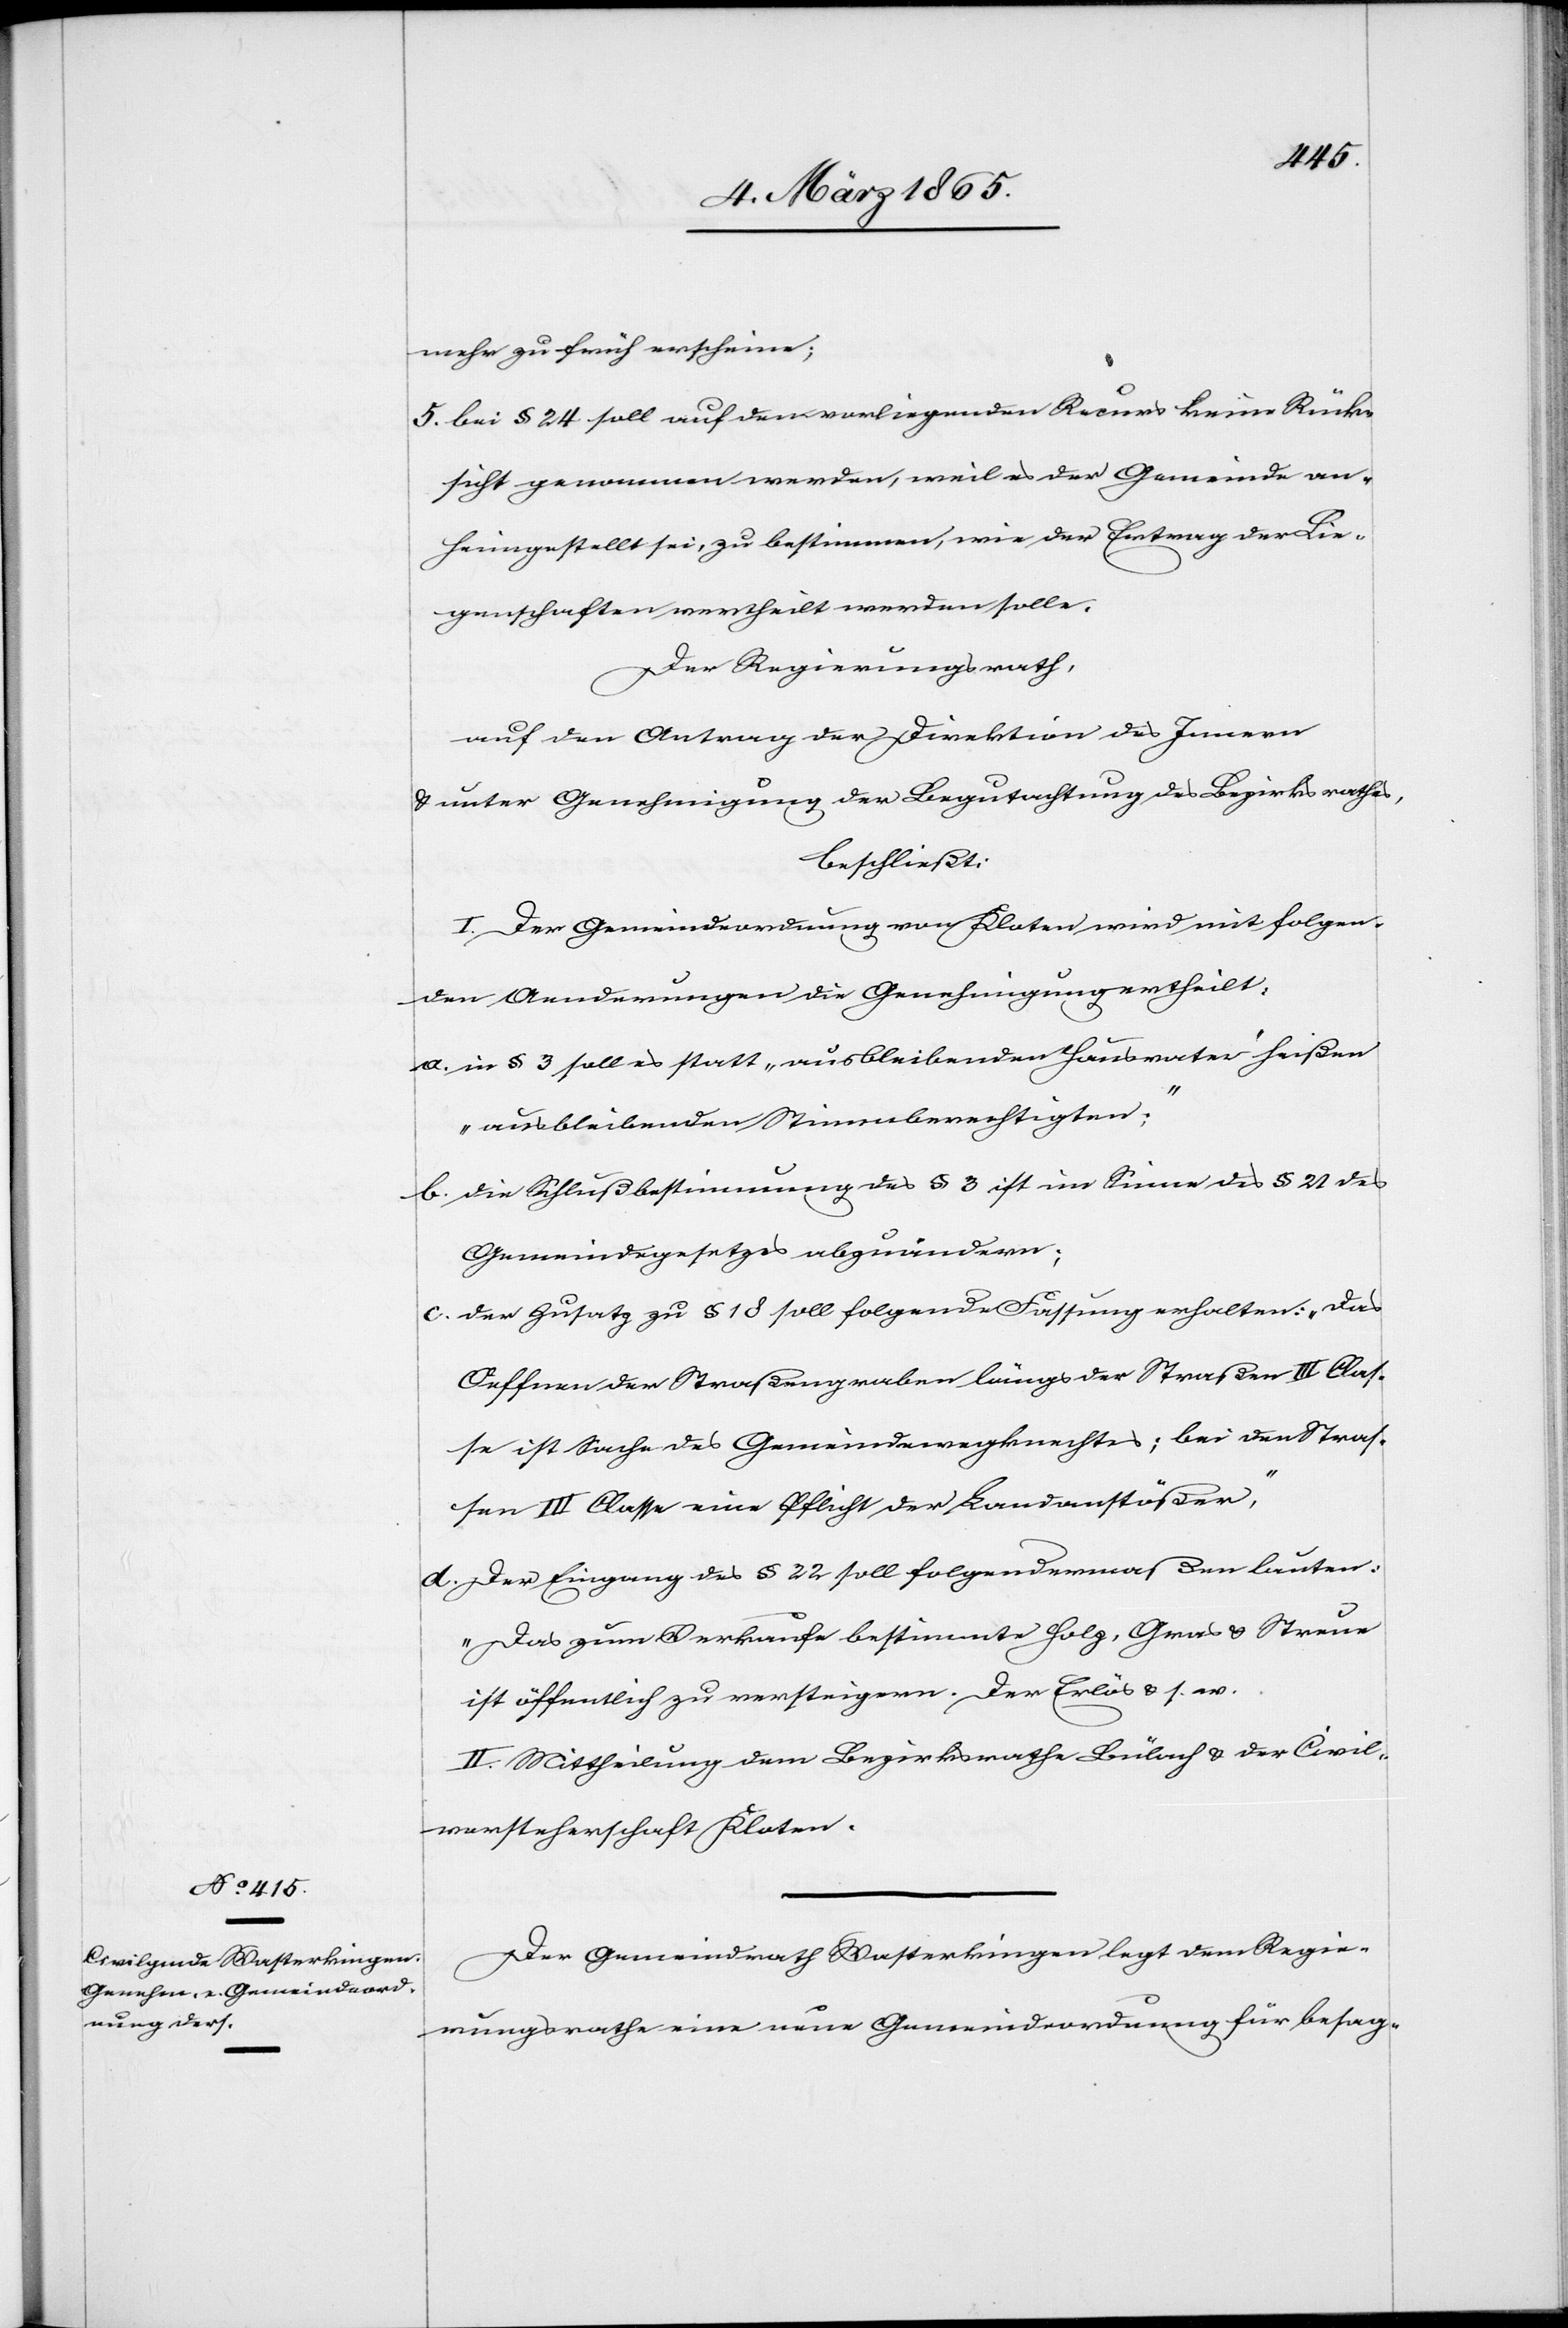
mehr zu früh erscheine;
5. bei § 24 soll auf den vorliegenden Recurs keine Rück¬
sicht genommen werden, weil es der Gemeinde an¬
heimgestellt sei, zu bestimmen, wie der Ertrag der Lie¬
genschaften vertheilt werden solle.
Der Regierungsrath,
auf den Antrag der Direktion des Innern
u. unter Genehmigung der Begutachtung des Bezirksrathes,
beschließt:
I. Der Gemeindeordnung von Kloten wird mit folgen¬
den Aenderungen die Genehmigung ertheilt:
a. in § 3 soll es statt „ausbleibenden Hausvater“ heißen
„ausbleibenden Stimmberechtigten“;
b. die Schlußbestimmung des § 3 ist im Sinne des § 24 des
Gemeindegesetzes abzuändern;
c. der Zusatz zu § 18 soll folgende Fassung erhalten: „Das
Oeffnen der Straßengraben längs der Straßen III Clas¬
se ist Sache des Gemeindewegknechtes; bei den Straß¬
en III Classe eine Pflicht der Landanstößer“,
d. Der Eingang des § 22 soll folgendermaßen lauten:
„Das zum Verkaufe bestimmte Holz, Gras u. Streue
ist öffentlich zu versteigern. Der Erlös u. s. w.
II. Mittheilung dem Bezirksrathe Bülach u. der Civil¬
vorsteherschaft Kloten.
Der Gemeindrath Wasterkingen legt dem Regie¬
rungsrathe eine neue Gemeindeordnung für besag-